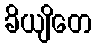
ခိယျိတေ